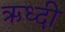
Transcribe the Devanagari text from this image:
ऋध्दी